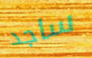
ساجد